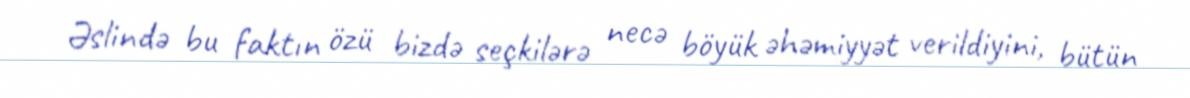
Əslində bu faktın özü bizdə seçkilərə necə böyük əhəmiyyət verildiyini, bütün